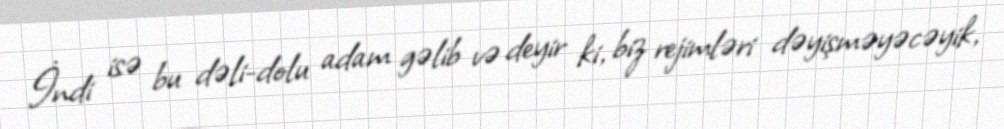
İndi isə bu dəli-dolu adam gəlib və deyir ki, biz rejimləri dəyişməyəcəyik,